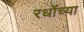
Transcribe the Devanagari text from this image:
रधोंच्या